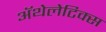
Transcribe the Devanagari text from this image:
ॲथेलेटिक्स